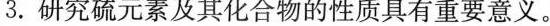
3.研究硫元素及其化合物的性质具有重要意义。